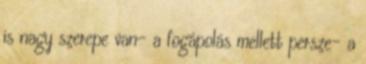
is nagy szerepe van- a fogápolás mellett persze- a